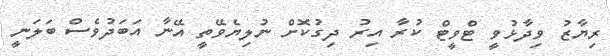
ރިޔާޒު ވިދާޅުވީ ޓްވީޓް ކުރާ އިރު ދިގުކޮށް ނުލިޔެވޭތީ އޭނާ އަބަދުވެސް ބަލަނީ